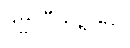
ဒုဗ္ဗလီကရဏာ